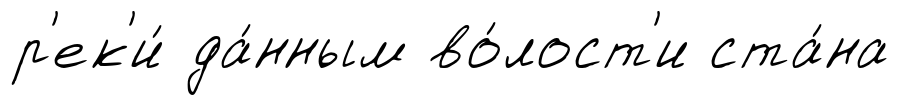
р'ек'и́ да́нным во́лост'и ста́на